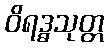
ဝိရဒ္ဓသုတ္တ